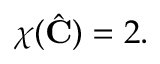
\chi ( { \hat { \mathbf { C } } } ) = 2 .